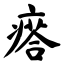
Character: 瘩